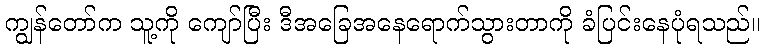
ကျွန်တော်က သူ့ကို ကျော်ပြီး ဒီအခြေအနေရောက်သွားတာကို ခံပြင်းနေပုံရသည်။